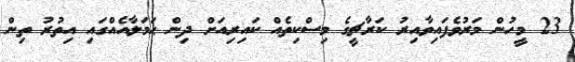
23 މީހުން މަރުވެފައިވާއިރު ކަރާޗީގެ މިސްކިތެއް ކައިރިއަށް ދިން ޙަމަލާއެއްގައި އިތުރު ތިން